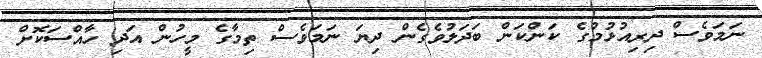
ނަމަވެސް ދިރިއުޅުމުގެ ކަންކަން ބަދަލުވެގެން ދިޔަ ނަމަވެސް ތިމާގެ މީހުން އަދި ހާއްސަކޮށް